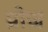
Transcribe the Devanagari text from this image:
प्रोज